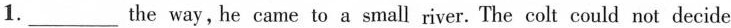
1.___the way,he came to a small river. The colt could not decide